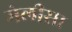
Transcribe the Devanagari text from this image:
मेलीसा